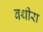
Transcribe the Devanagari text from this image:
बथीरा